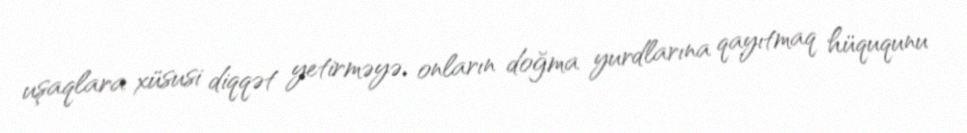
uşaqlara xüsusi diqqət yetirməyə, onların doğma yurdlarına qayıtmaq hüququnu